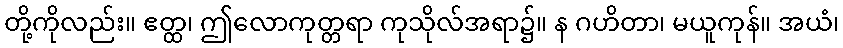
တို့ကိုလည်း။ ဧတ္ထ၊ ဤလောကုတ္တရာ ကုသိုလ်အရာ၌။ န ဂဟိတာ၊ မယူကုန်။ အယံ၊